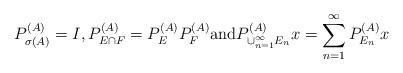
LaTeX: \begin{align*} P^{(A)}_{\sigma(A)}=I,P^{(A)}_{E\cap F}=P^{(A)}_E P^{(A)}_F\mbox{and} P^{(A)}_{\cup_{n=1}^\infty E_n}x=\sum_{n=1}^\infty P^{(A)}_{E_n}x \end{align*}